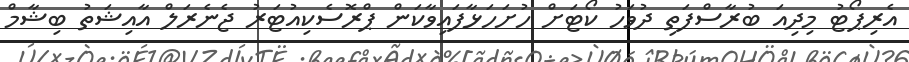
އެރިޕޯޓު މިދިއަ ބުރާސްފަތި ދުވަހު ކޯޓަށް ހުށަހަޅާފައިވާކަން ޕްރޮސެކިއުޓަރު ޖެނެރަލް އާއިޝަތު ބިޝާމް